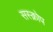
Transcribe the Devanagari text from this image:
सस्क्रोप